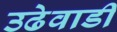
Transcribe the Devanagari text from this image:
उढेवाडी